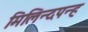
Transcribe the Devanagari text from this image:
मिलिन्दपन्ह